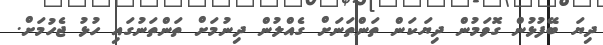
ދިޔަ ބޭފުޅުން ގޮވަމުން ދިޔަކަން ތަންތަނަށް ގެއްލުން ދިނުމަށް ތަންތަނުގައި ހުޅު ޖެހުމަށް.